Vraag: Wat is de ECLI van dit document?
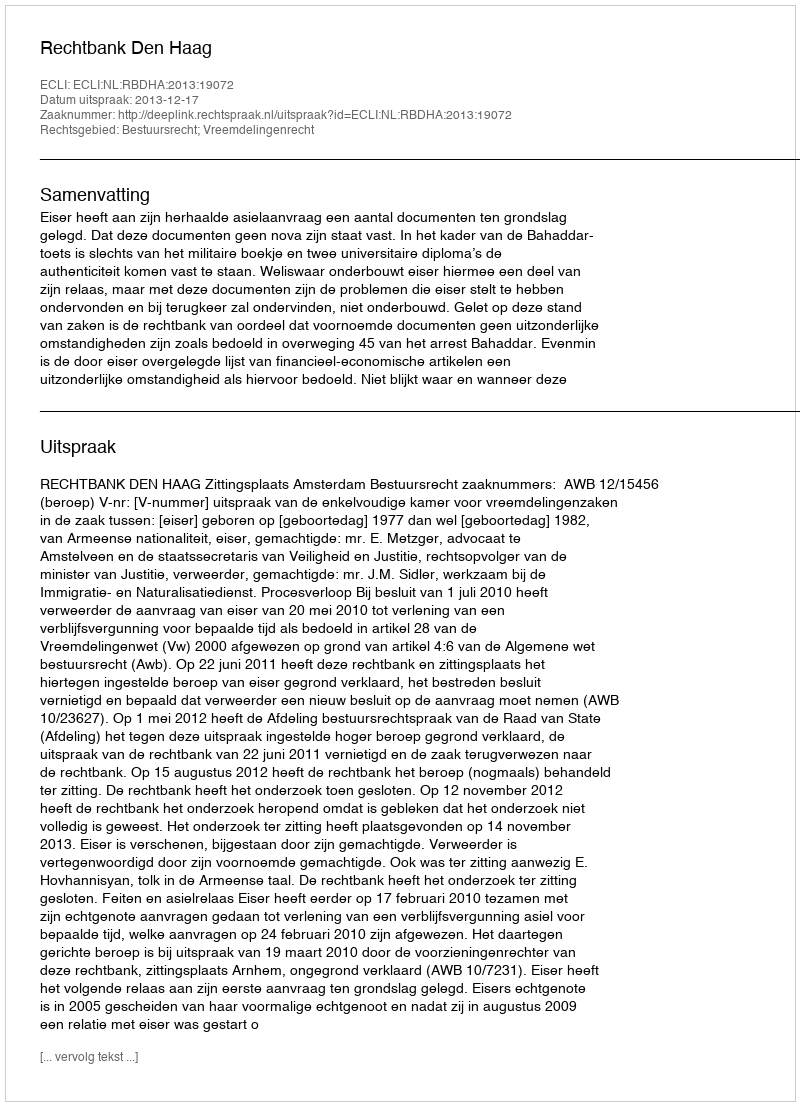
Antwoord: ECLI:NL:RBDHA:2013:19072